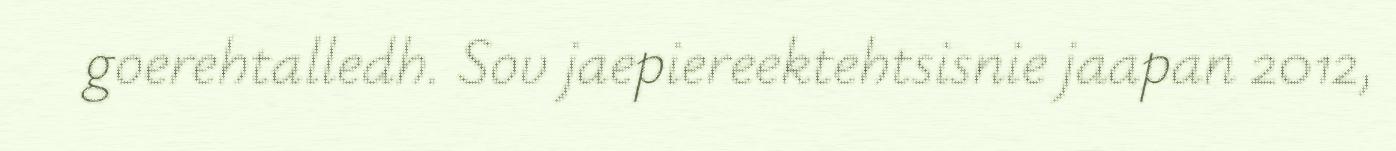
goerehtalledh. Sov jaepiereektehtsisnie jaapan 2012,